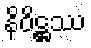
နိဝိဋ္ဌဿ